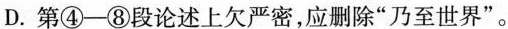
D.第④-⑧段论述上欠严密，应删除”乃至世界”。